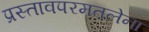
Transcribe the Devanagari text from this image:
प्रस्तावपरमतलेना